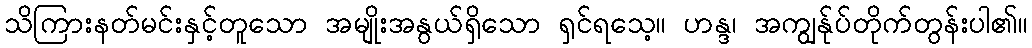
သိကြားနတ်မင်းနှင့်တူသော အမျိုးအနွယ်ရှိသော ရှင်ရသေ့။ ဟန္ဒ၊ အကျွန်ုပ်တိုက်တွန်းပါ၏။